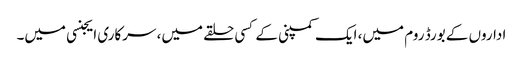
اداروں کے بورڈ روم میں، ایک کمپنی کے کسی حلقے میں، سرکاری ایجنسی میں۔